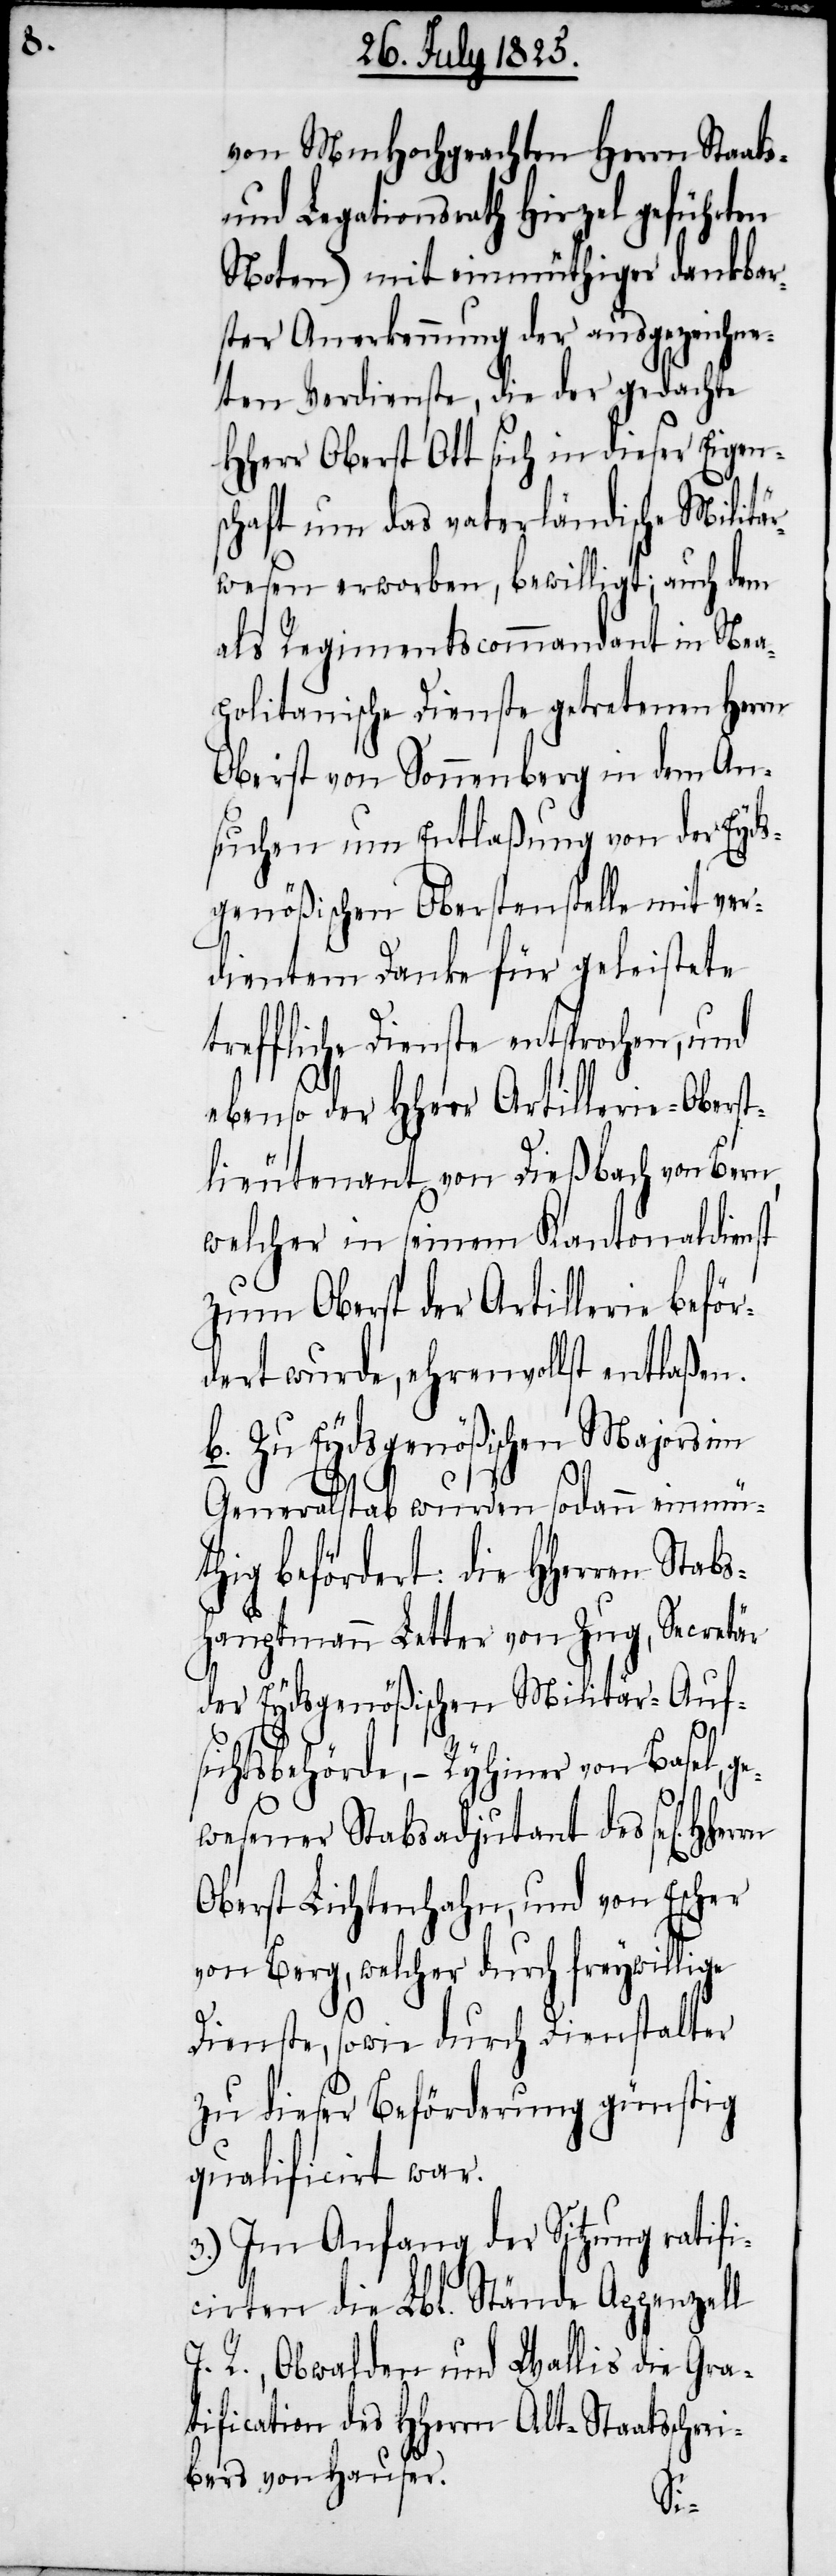
von MmHochgeachten Herrn Staats-
und Legationsrath Hirzel geführten
Noten) mit einmüthiger dankbar¬
ster Anerkennung der ausgezeichne¬
ten Verdienste, die der gedachte
Hherr Oberst Ott sich in dieser Eigen¬
schaft um das vaterländische Militär¬
wesen erworben, bewilligt; auch dem
als Regimentscommandant im Nea¬
politanische Dienste getretenen Herrn
Oberst von Sonnenberg in dem An¬
suchen um Entlaßung von der Eyds¬
genößischen Oberstenstelle mit ver¬
dientem Danke für geleistete
treffliche Dienste entsprochen, und
ebenso der Hherr Artillerie-Obers¬
t-Lieutenant von Dießbach von Bern,
welcher in seinem Kantonaldienst
zum Oberst der Artillerie beför¬
dert wurde, ehrenvollst entlaßen.
b. Zu Eydsgenößischen Majors im
Generalstab wurden sodann einmü¬
thig befördert. Die HHerren S¬
hauptmann Letter von Zug, Secretär
der Eydsgenößischen Militär-Auf¬
tabs¬
sichtsbehörde, – Ryhmer von Basel, ge¬
wesener Stabsadjutant des sel[igen]
Oberst Lichtenhahn, und von Escher
von Berg, welcher durch freywillige
Dienste, sowie durch Dienstalter
zu dieser Beförderung günstig
qualificirt war.
3.) Im Anfang der Sitzung ratifi¬
cirten die Lbl. Stände Appenzell
J. R., Obwalden, und Wallis die Gra¬
tification des HHerrn Alt-Staatsschrei¬
bers von Hauser.